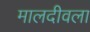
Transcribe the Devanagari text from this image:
मालदीवला